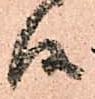
候